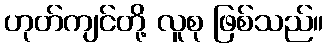
ဟုတ်ကျင်တို့ လူစု ဖြစ်သည်။